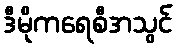
ဒီမိုကရေစီအသွင်